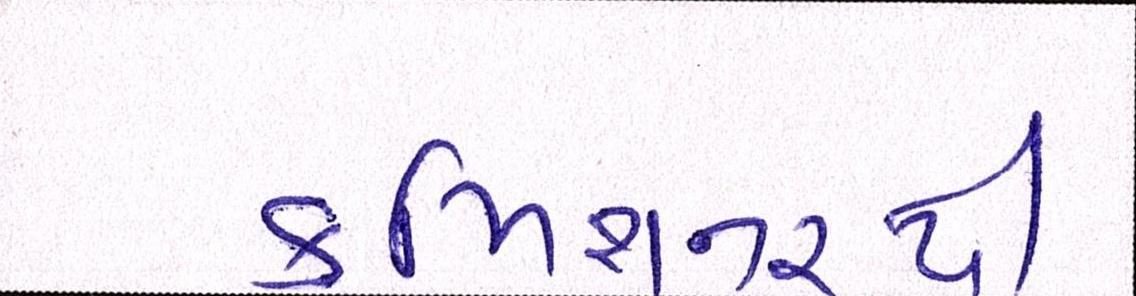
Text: કમિશનરથી